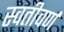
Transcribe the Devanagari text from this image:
स्वतीवर्ण